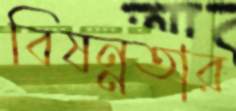
বিষন্নতার